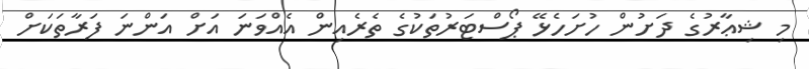
މި ޝިޢާރުގެ ދަށުން ހުށަހެޅޭ ޕޯސްޓަރުތަކުގެ ތެރެއިން އެއްވަނަ އަށް އަންނަ ފަރާތަކަށް